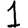
Digit: 1